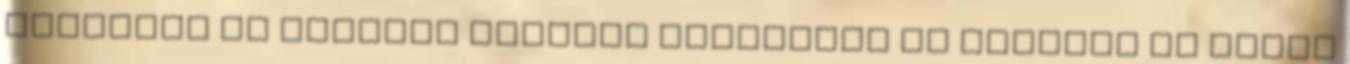
alkalmas az érintés nélküli fizetésre és történt is ilyen